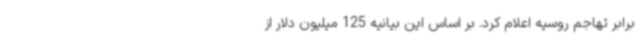
برابر تهاجم روسیه اعلام کرد. بر اساس این بیانیه 125 میلیون دلار از